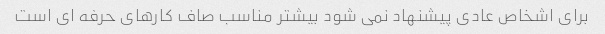
برای اشخاص عادی پیشنهاد نمی شود بیشتر مناسب صاف کارهای حرفه ای است